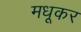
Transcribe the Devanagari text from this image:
मधूकर